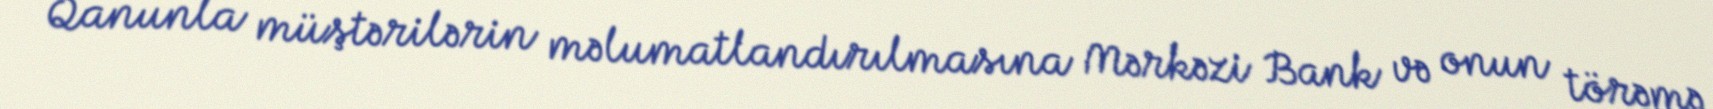
Qanunla müştərilərin məlumatlandırılmasına Mərkəzi Bank və onun törəmə